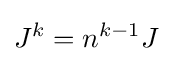
J^{k}=n^{k-1}J